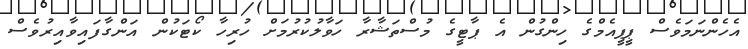
އެހެންނަމަވެސް ޕީޕީއެމްގެ ހިންގުން އެ ޕާޓީގެ މުސްތަޝާރާ ހަވާލުކުރުމަށް ހުރިހާ ކޯޓަކުން އަންގާފައިވާއިރުވެސް